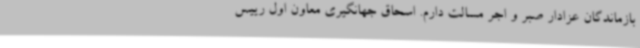
بازماندگان عزادار صبر و اجر مسالت دارم. اسحاق جهانگیری معاون اول رییس